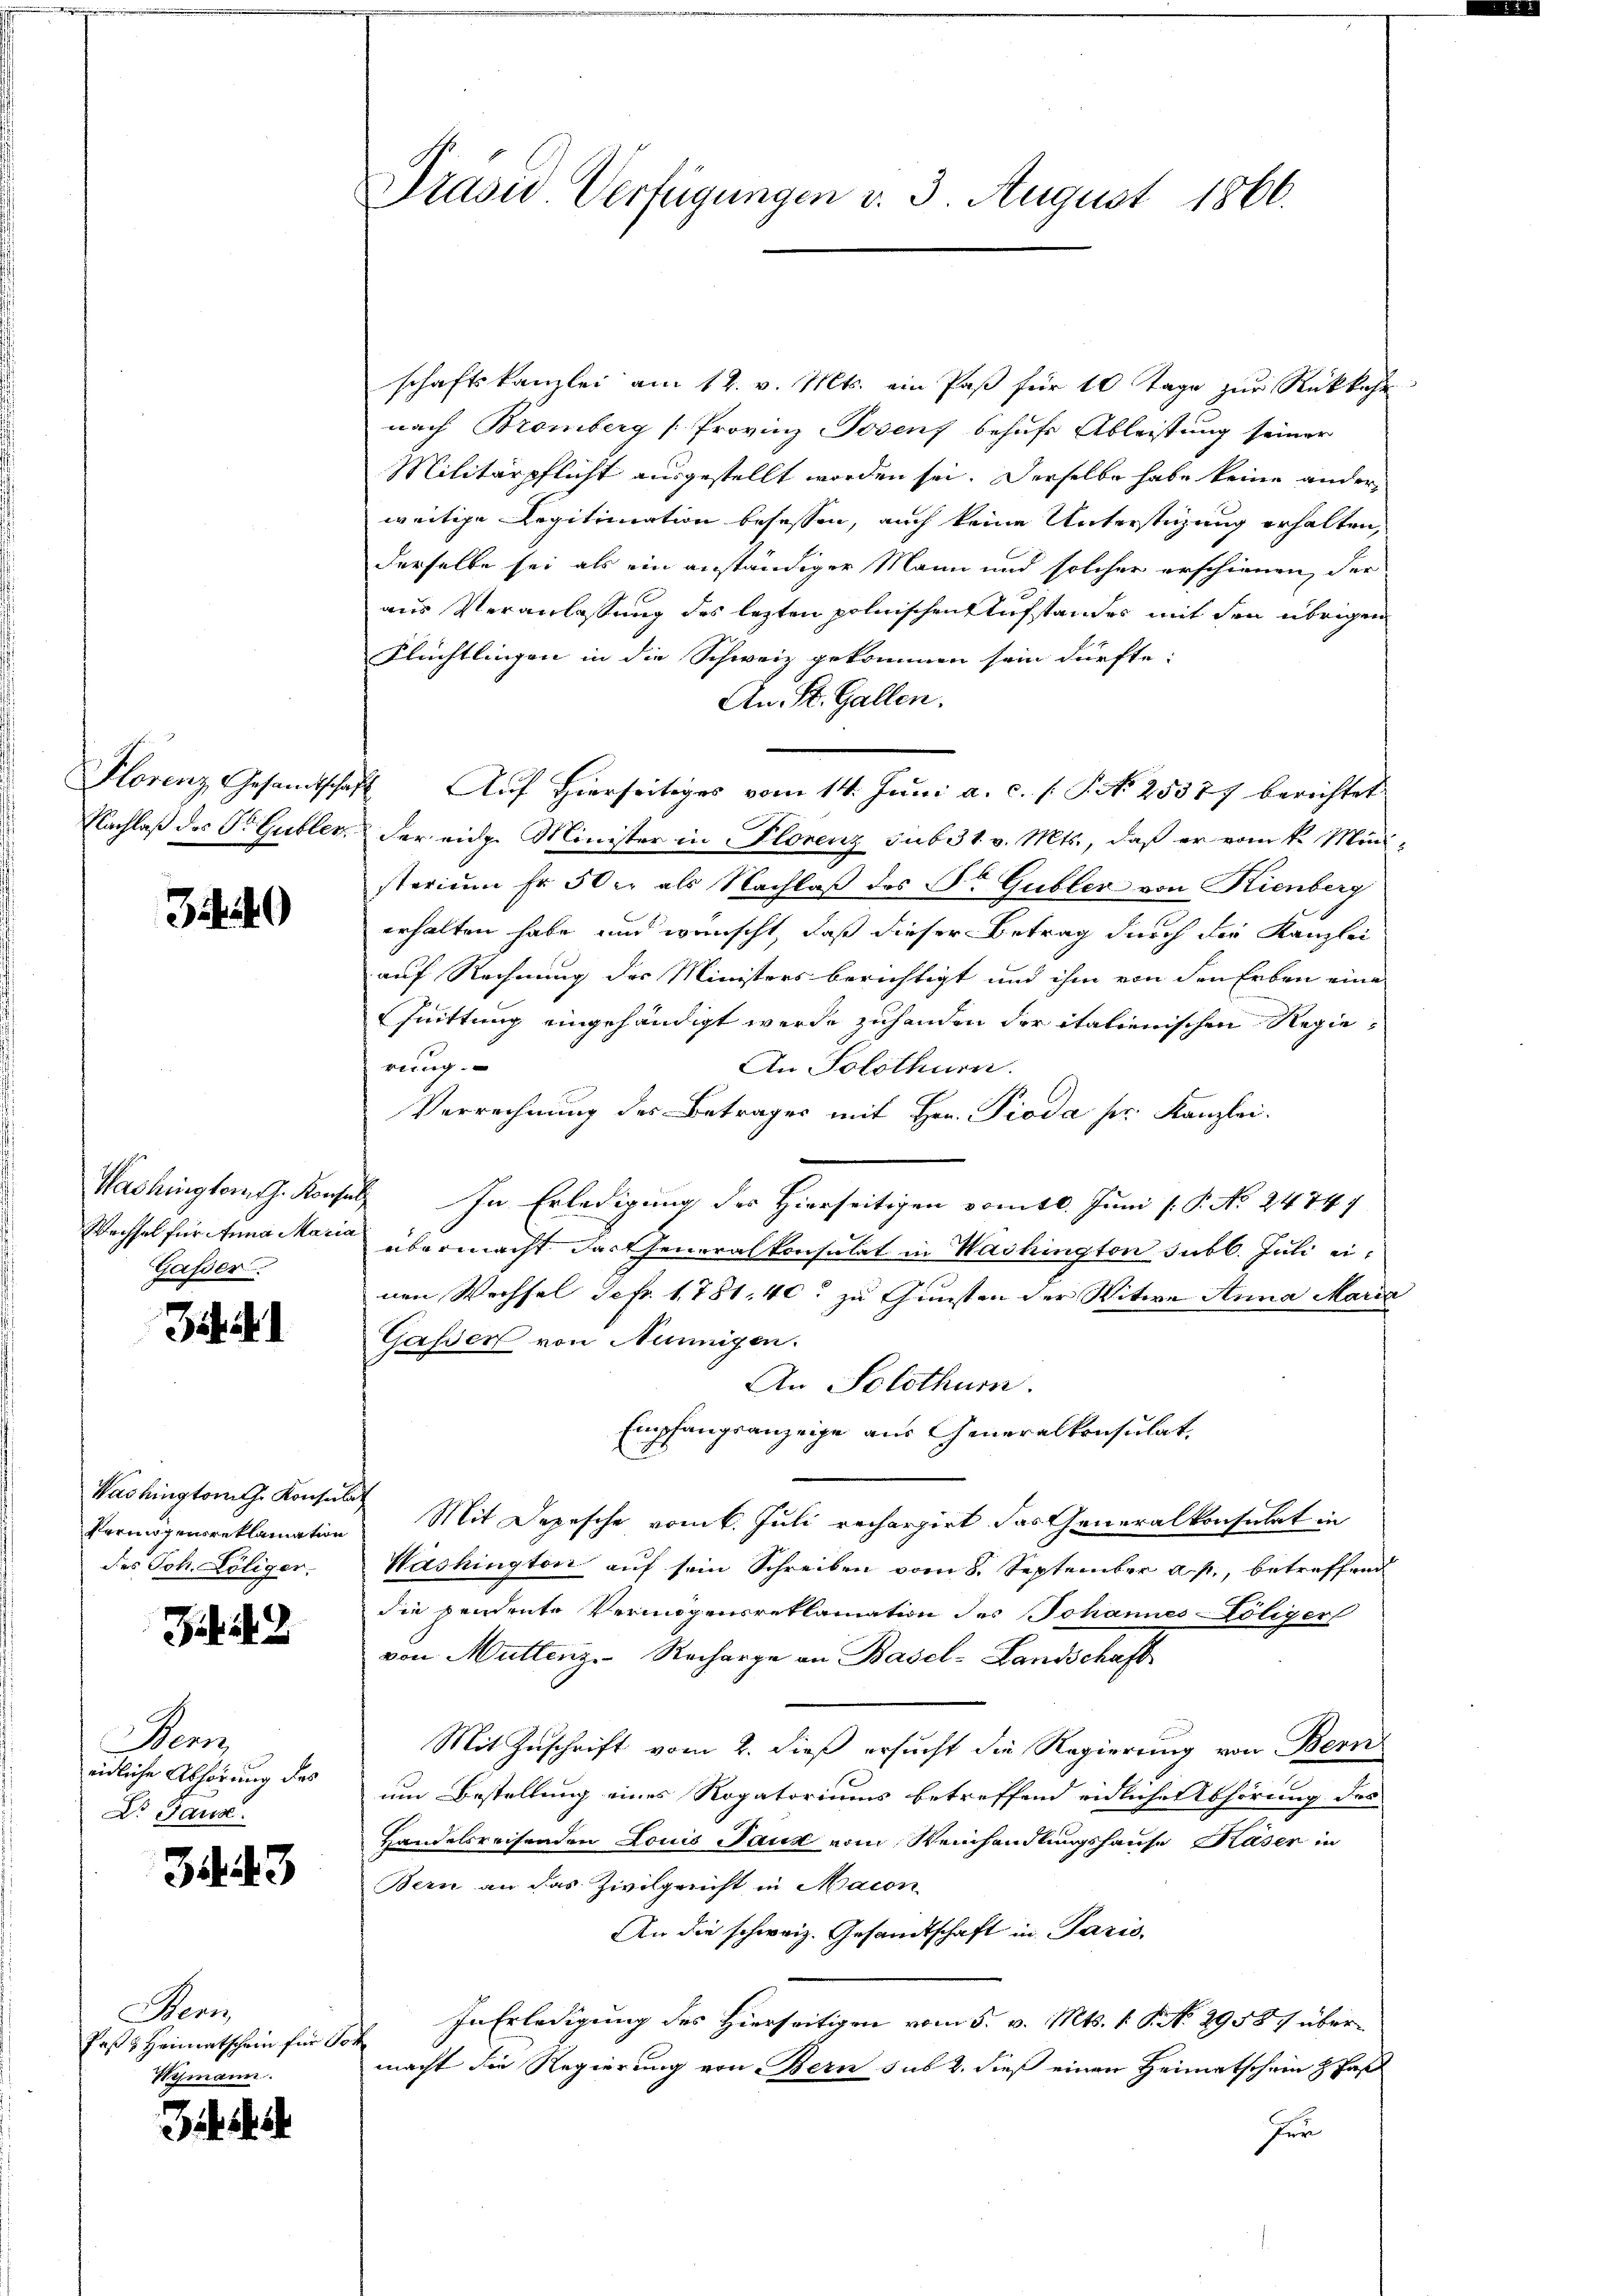
Florenz Gesandtschaf
Nachlaß des Dr. Gubler

3

Washington h. Konsen
Wechsel für Anna Maria
Gasser.

31

Washington Konsulat
Vermögensreklamation
des Joh. Löliger.

J 42

enz
eidliche Abhörung des
Dr. Haus.

34. 43

Benis
Faß & Heimatschein für Sor
Wymann.

Präsid. Verfügungen v. 3. August 1866.

schaftskanzlei am 12. v. Mts. ein Paß für 10 Tage zur Rückkehr
nach Bromberg [Provinz Posenf behufs Ableistung seiner
Militärpflicht ausgestellt worden sei. Derselbe habe keine anderweitige Legitimation besessen, auch keine Unterstüzung erhalten,
derselbe sei als ein anständiger Mann und solcher erschienen, der
aus Veranlassung des lezten polnischen Aufstandes mit den übrigen
Flüchtlingen in die Schweiz gekommen sein dürfte.
An St. Gallen.
2. Auf Hierseitiges vom 14. Juni a. c. (T No. 25387 berichtet
der eidg. Minister in Florenz sub 31. v. Mts., daß er vom k. Mini-
sterium fr. 50 r. als Nachlaß des Dr Gubler von Kienberg
erhalten habe und wünscht, daß dieser Betrag durch die Kanzlei
auf Rechnung des Ministers berichtigt und ihm von den Erben eine
Juittung eingehändigt werde zuhanden der italienischen Regiebtrag
An Solothurn.
Verrechnung des Betrages mit Hrn. Pioda ser Kanzlei.
In Erledigung der Hierseitigen vom 10. Juni l. P. No. 24747
übermacht dartheneralkonsulat in Washington Jubl. Juli einen Wechsel Schr. 1781. 40. zu Gunsten der Witwe Anna Maria
Gasser von Neinnigen.
An Solothur.
Empfangsanzeige aus Generalkonsulat,
Mit Depesche vom 6. Juli rechargirt das Generalkonsulat in
Washington auf sein Schreiben vom 8. September a. p., betreffend
die pendente Vermögensreklamation des Johannes-Löliger
von Muttenz. Recharge an Basel-Landschaft
Mit Zuschrift vom 2. dieß ersucht die Regierung von Bern
um Bestellung eines Rogatoriums betreffend endliche Abhörung des
Handelsreisenden Louis Jauk vom Weinhandlungshause Kaser in
Bern an das Zivilgericht in Macon
An die schweiz. Gesandtschaft in Paris.
In Erledigung des Hierseitigen vom 5. v. Mts. 1 S. No. 29587 übermacht die Regierung von Bern sub 2. dieß einen Heimatschein & daß
Her